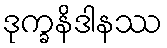
ဒုက္ခနိဒါနဿ